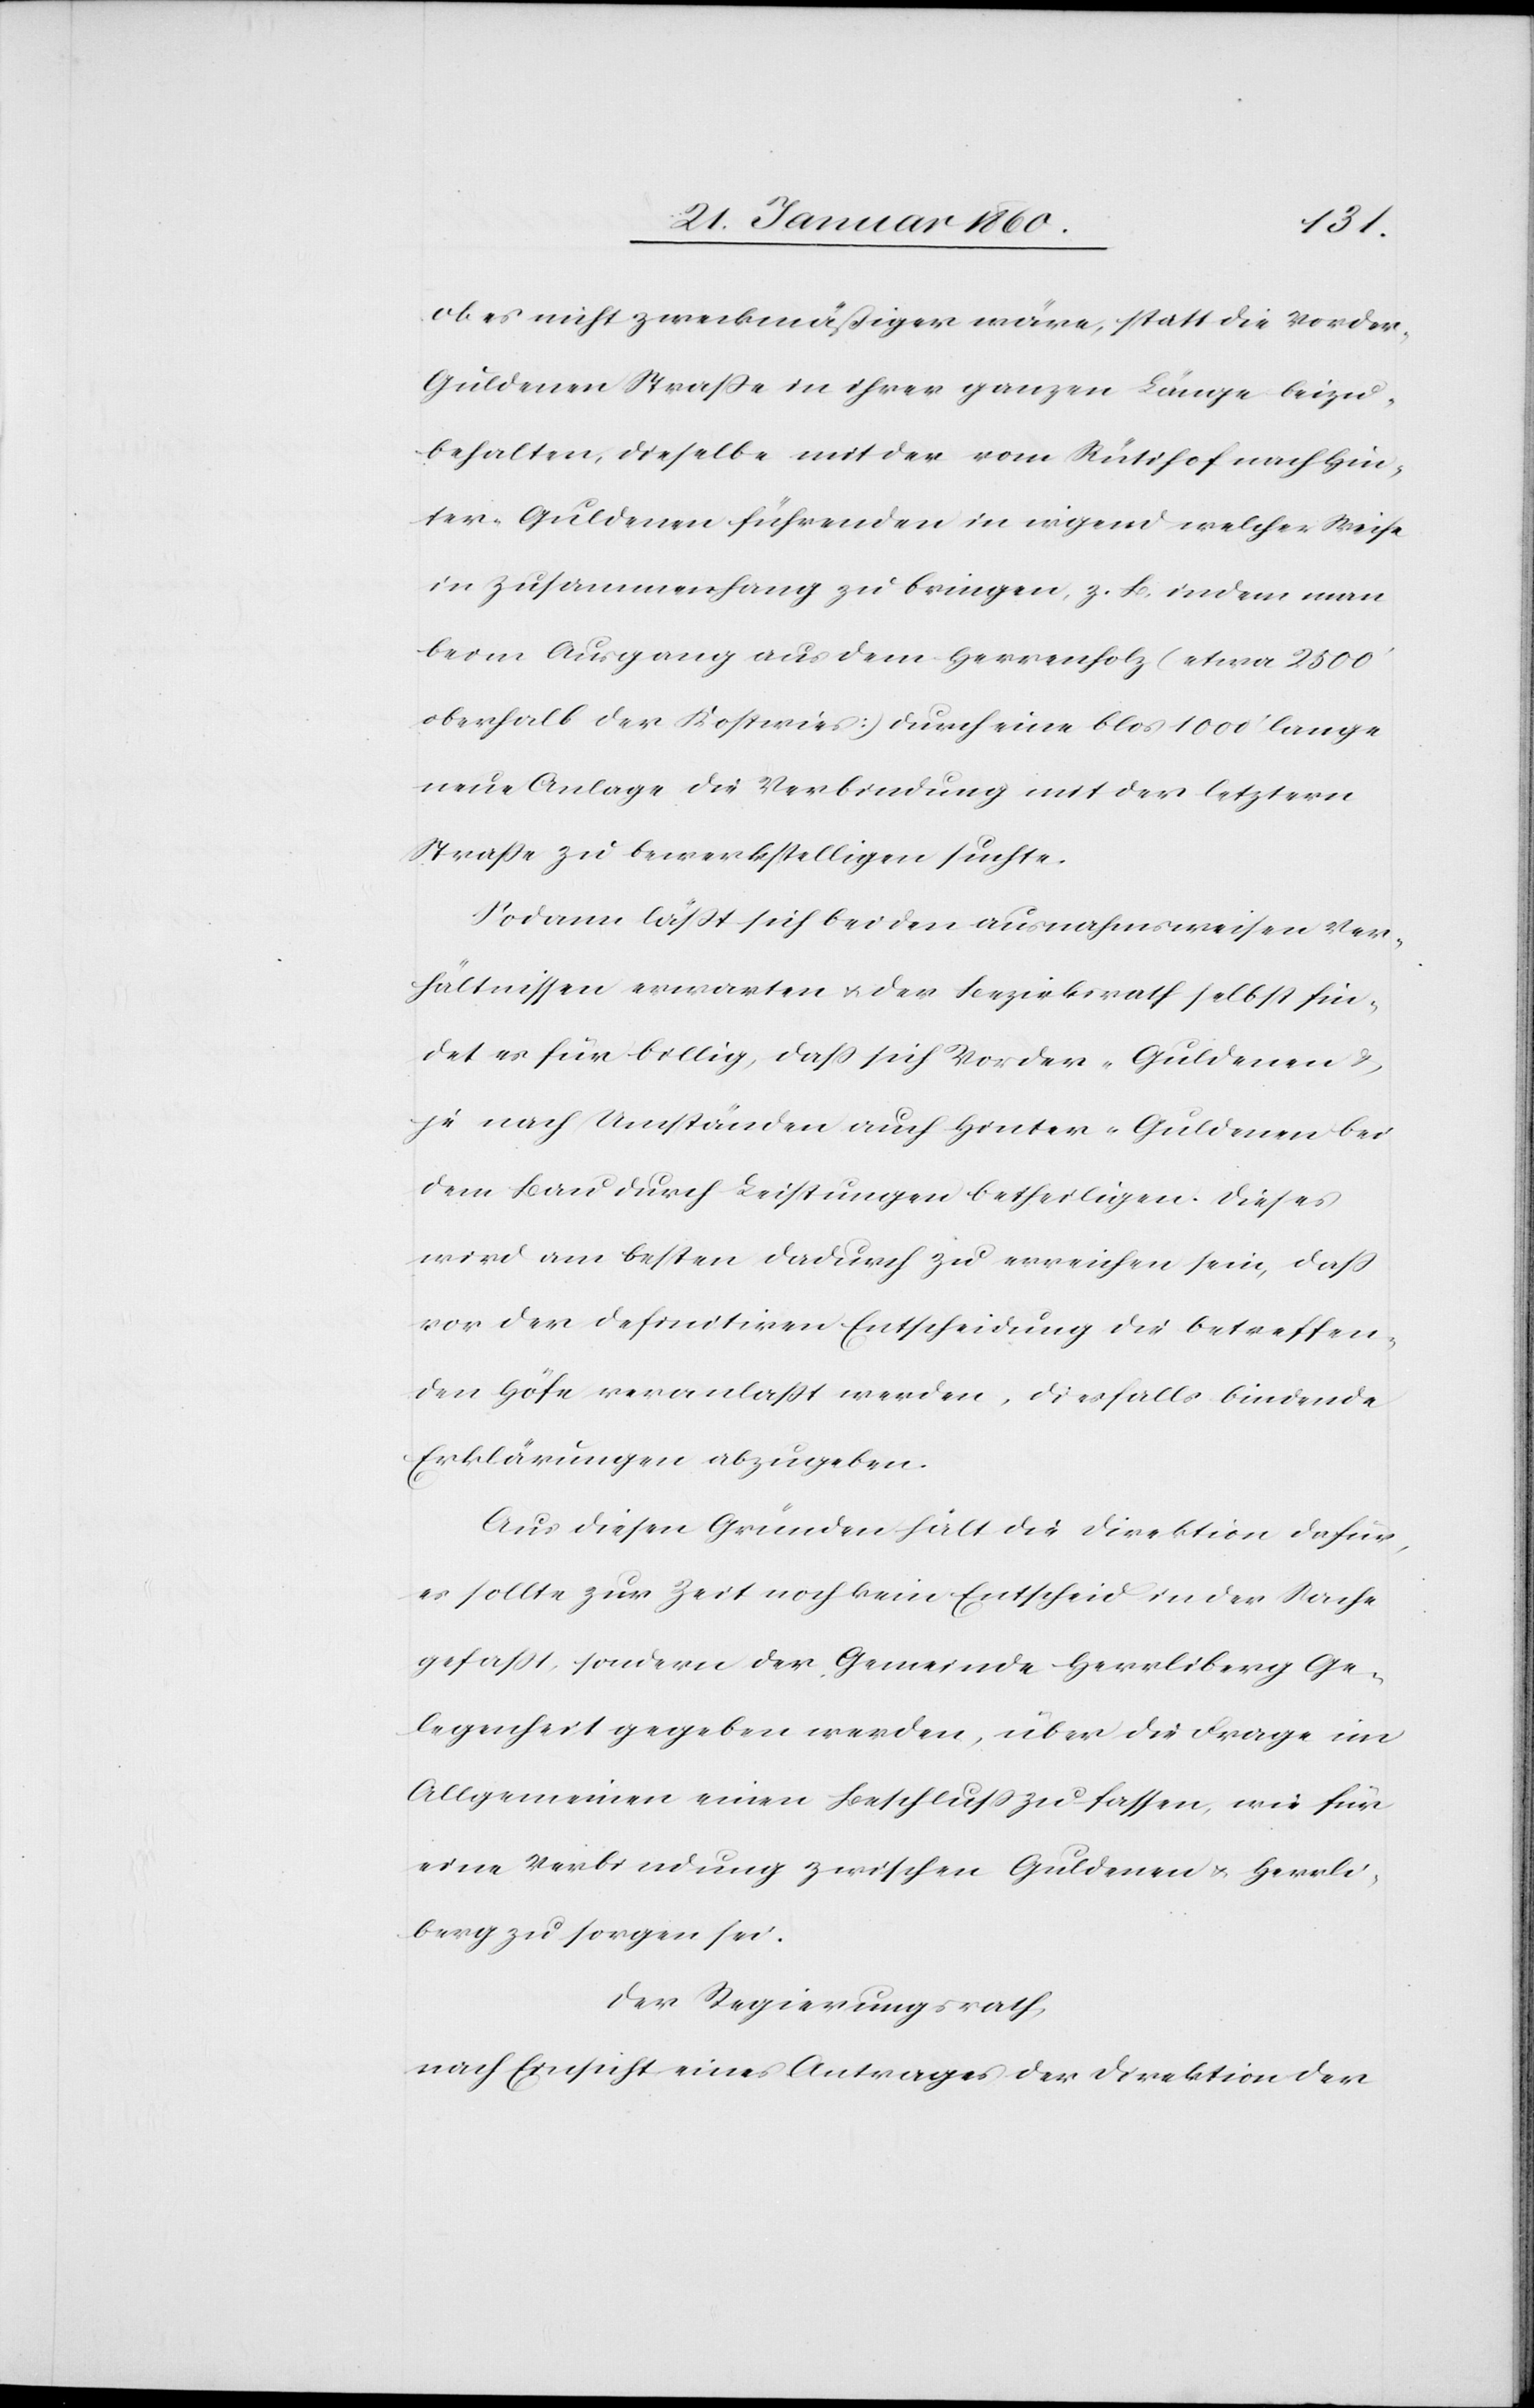
ob es nicht zweckmäßiger wäre, statt die Vorder-G¬
uldenen Strasse in ihrer ganzen Länge beizu¬
behalten, dieselbe mit der vom Rütihof nach Hin¬
ter-Guldenen führenden in irgend welcher Weise
in Zusammenhang zu bringen, z. B. indem man
beim Ausgang aus dem Herrenholz (etwa 2500’
oberhalb der Kostwies) durch eine blos 1000’ lange
neue Anlage die Verbindung mit der letztern
Strasse zu bewerkstelligen suchte.
Sodann lässt sich bei den ausnahmsweisen Ver¬
hältnissen erwarten u. der Bezirksrath selbst fin¬
det es für billig, dass sich Vorder-Guldenen u.
je nach Umständen auch Hinter Guldenen bei
dem Bau durch Leistungen betheiligen. Dieses
wird am besten dadurch zu erreichen sein, dass
vor der definitiven Entscheidung die betreffen¬
den Höfe veranlasst werden, diesfalls bindende
Erklärungen abzugeben.
Aus diesen Gründen hält die Direktion dafür,
es sollte zur Zeit noch kein Entscheid in der Sache
gefaßt, sondern der Gemeinde Herrliberg Ge¬
legenheit gegeben werden, über die Frage im
Allgemeinen einen Beschluss zu fassen, wie für
eine Verbindung zwischen Guldenen u. Herrli¬
berg zu sorgen sei.
Der Regierungsrath,
nach Einsicht eines Antrages der Direktion der